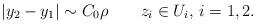
LaTeX: \begin{align*}|y_2-y_1|\sim C_0\rho \qquad z_i\in U_i,\, i=1,2.\end{align*}